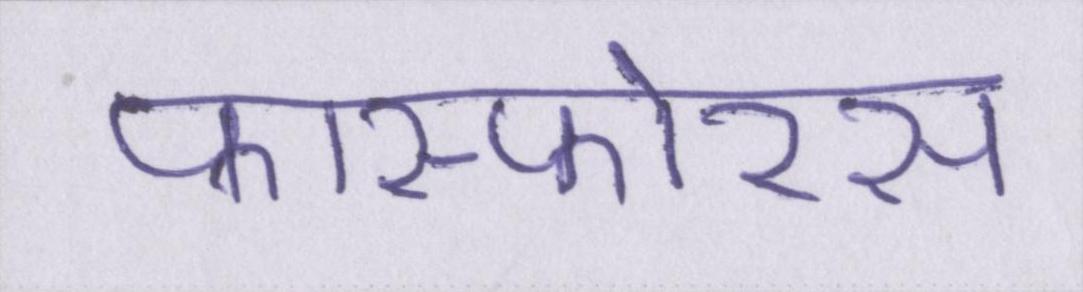
फास्फोरस